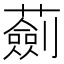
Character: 𧁴